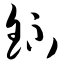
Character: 钚